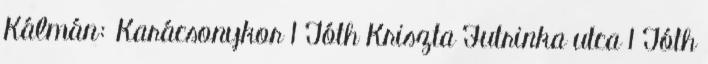
Kálmán: Karácsonykor 1 Tóth Kriszta Futrinka utca 1 Tóth